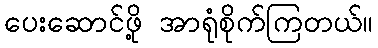
ပေးဆောင်ဖို့ အာရုံစိုက်ကြတယ်။